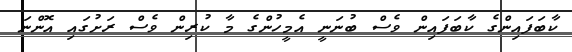
ކާބަފައިންގެ ކާބަފައިން ވެސް ބުނަނީ އެމީހުންގެ މާ ކުރިން ވެސް ރަށުގައި އޮންނަ